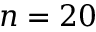
n = 2 0